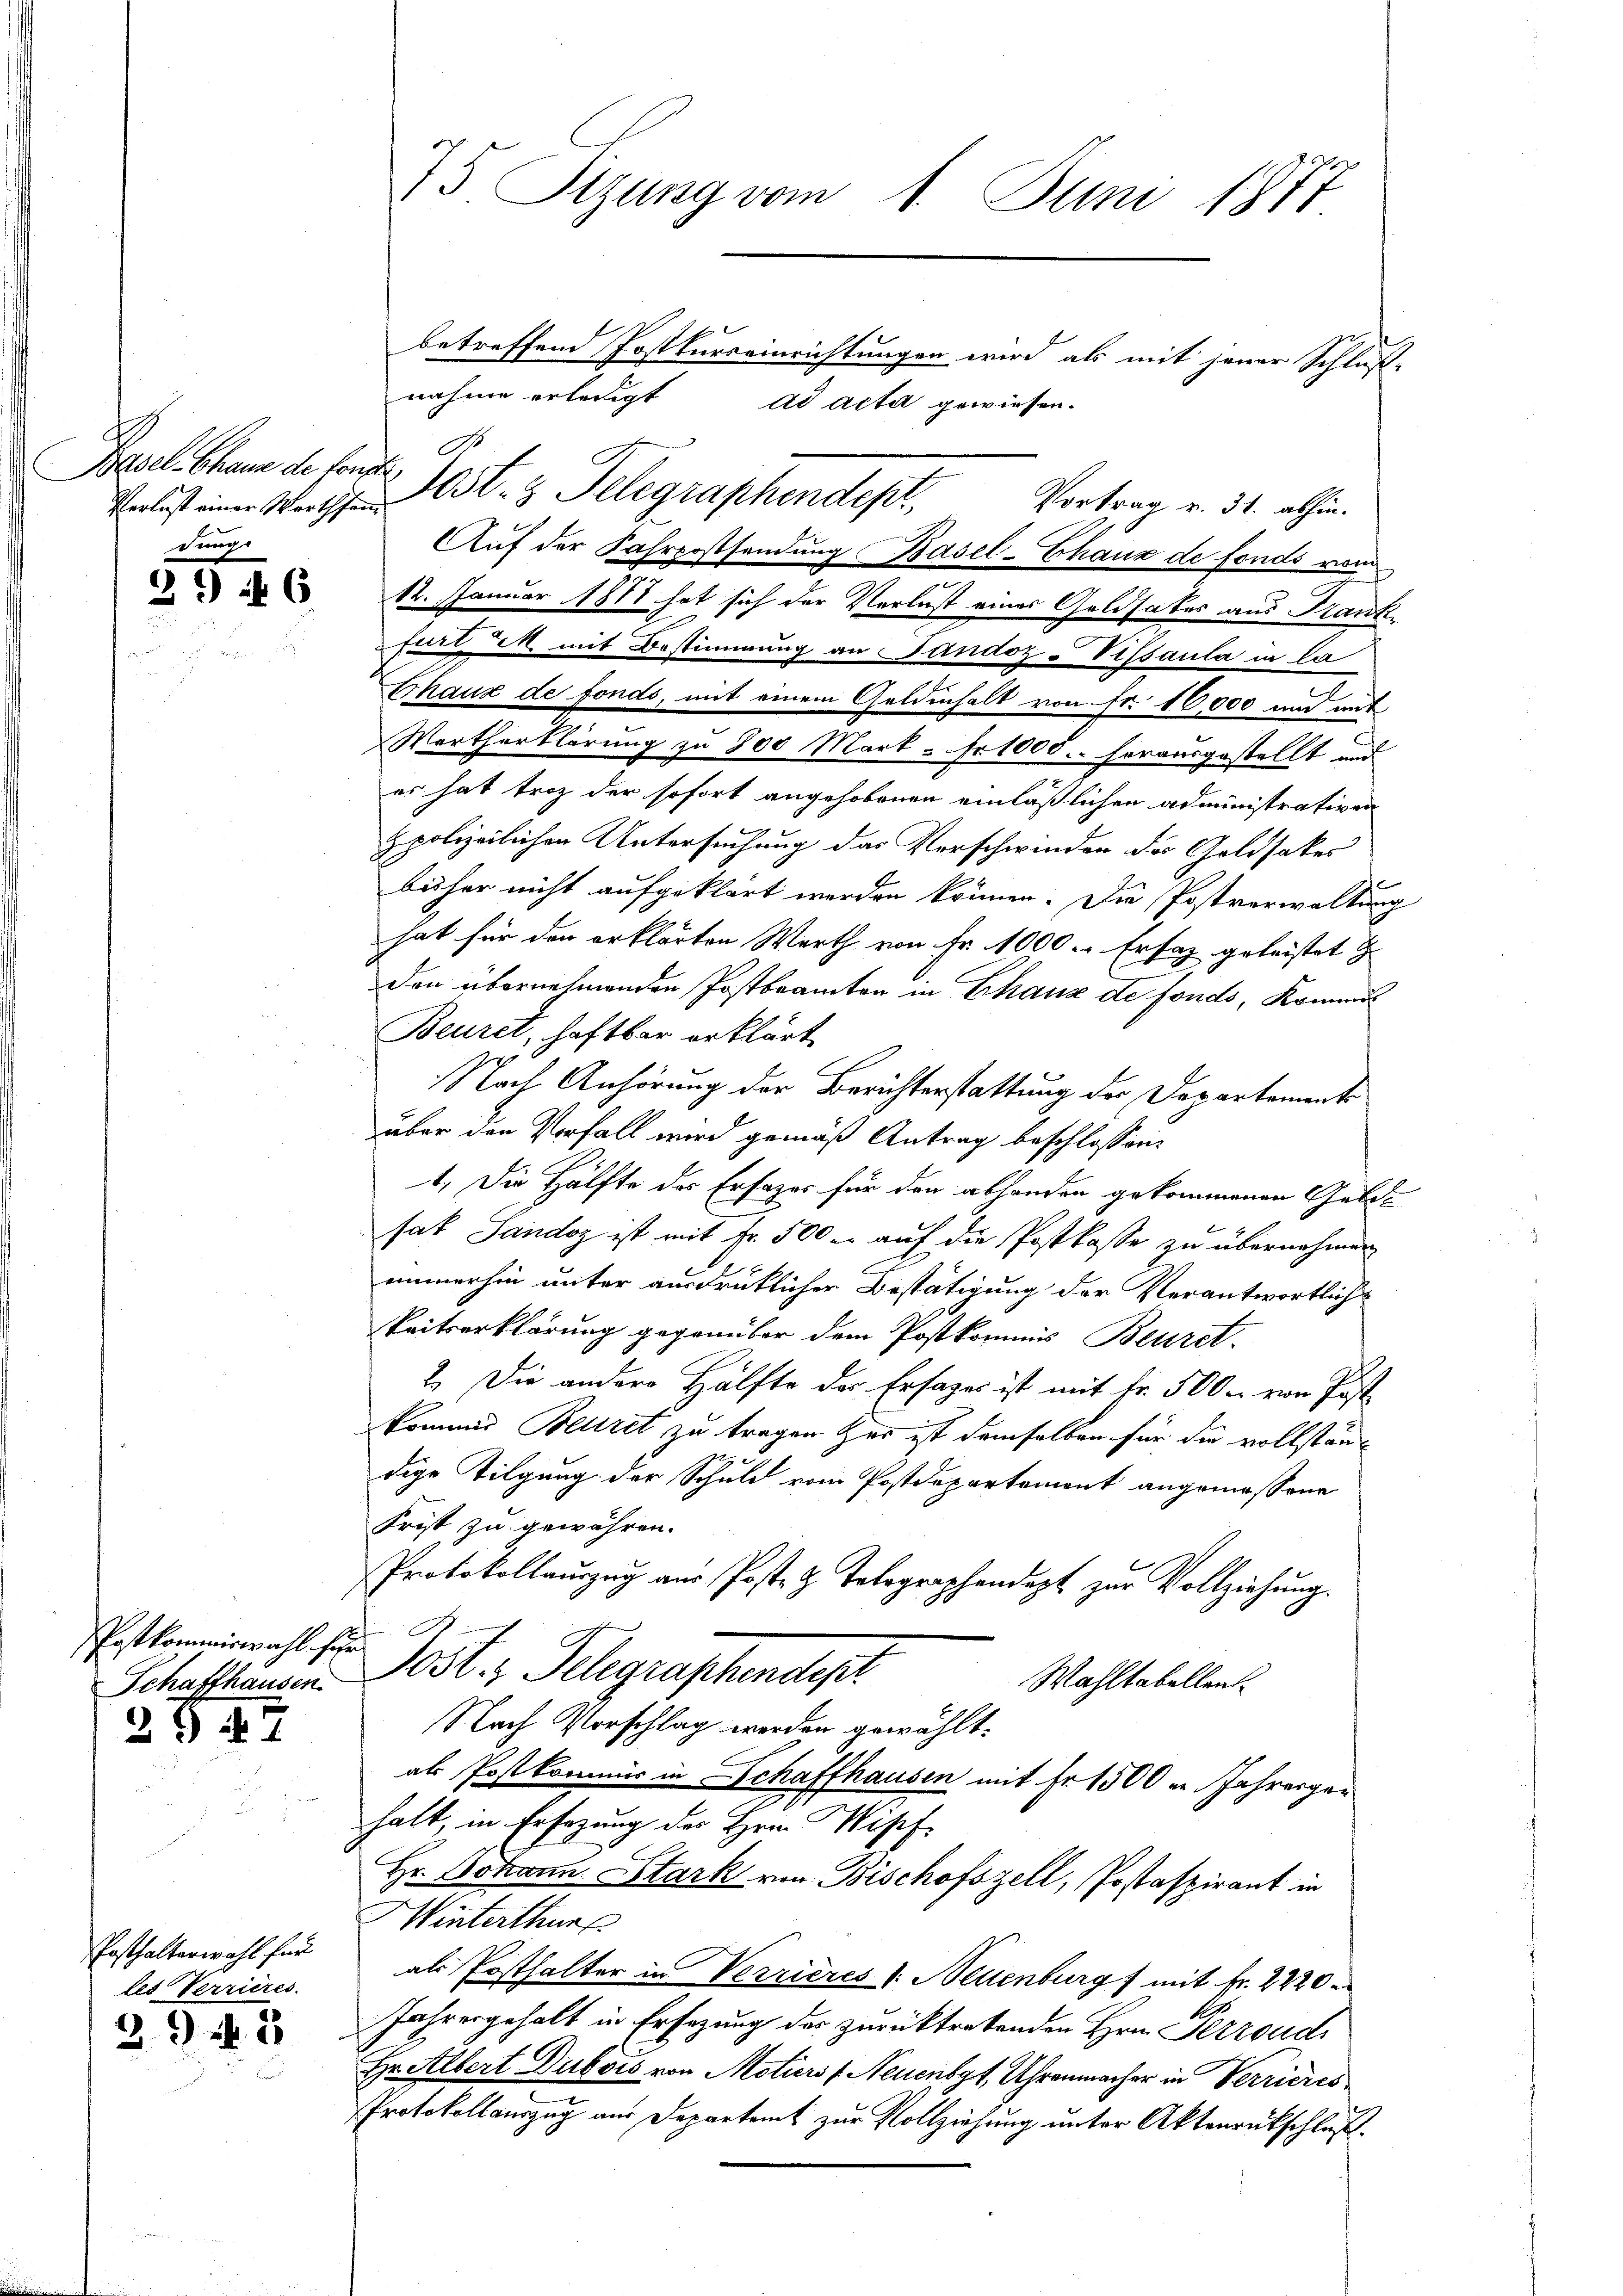
Basel-Chaus de foncti
dung

3946

Postkommiswahl für
Schaffhausen

2)  1

Posthalterwahl für
les Terrieres.
29 n 3

betreffend Postkurseinrichtungen wird als mit jener Schluß-
nahme erledigt ad acta gewiesen.
De
Verlust einer Warten Ost- & Telegraphendept. Vortrag v. 31. abhin
Auf der Fahrpostsendung Basel-Chaux de fonds von
12. Januar 1848 hat sich der Verlust eines Geldsates aus Frank
furt M. mit Bestimmung an Jandoz-Vissaula in la
Chaux de fonds, mit einem Geldenhalt von Fr. 10,000 und mit
Wertherklärung zu 800 Mark - Fr. 1000. herausgestellt und
es hat troz der sofort angehobenen einläßlichen administrativen
zpolizeilichen Untersuchung das Verschwinden des Geldsaker
bisher nicht aufgeklärt werden können. Die Postverwaltung
hat für den erklärten Werth von Fr. 1000 - Ersatz geleistet
den übernehmenden Postbranten in Chaux de fonds, Kommi
Beuret, haftbar erklärt
Nach Anhörung der Berichterstattung der Departementi
über den Vorfall wird gemäß Antrag beschlossen:
1. Die Hälfte des Erfazes für den abhanden gekommenen Gelde
hat Sandoz ist mit Fr. 500 r. auf die Postkasse zu übernehmen,
immerhin unter ausdrüklicher Bestätigung der Verantwortlich-
Peitserklärung gegenüber dem Postkommis Beuret.
2. Die andere Hälfte des Erfages ist mit fr. 500. von Post
kommnis Betret zu tragen zur ist demselben für die vollständige Tilgung der Schuld vom Postdepartement angemessene
Frist zu gewähren.
Protokollauszug aus Post- & Telegraphendept zur Vollziehung.
Jost.  Telegraphendept
Wahltabellen.
Nach Vorschlag werden gewählt.
als Postkommer in Schaffhausen mit Fr. 1500 an Jahresger
halt, in Ersezung des Hrn. Wipf
Hr. Johann. Stark von Bischofszell, Jostaspirant in
Hinterthur
als Posthalter in Verrieres (Neuenburg mit Fr. 2220
Jahresgehalt in Ersezung des zurücktretenden Hrn. Perrond
Hr. Albert Dubois von Motiers (Neuenbg, Uhrenmacher in Verrieres
Protokollauszug aus Departamt zur Vollziehung unter Aktenrückschluß.

75. Rizung vom 1. Juni 1877